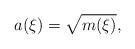
LaTeX: \begin{align*}a(\xi) = \sqrt{m(\xi)},\end{align*}